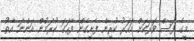
މީގެ ފަސް ވަރަކަށް އަހަރު ކުރިން ފެށިގެން ފާހަގަ ކުރަމުން އަންނަ އާތު